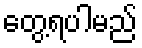
တွေ့ရပါမည်